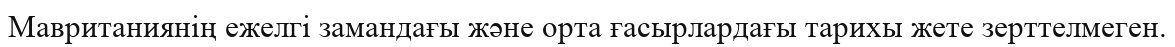
Мавританиянің ежелгі замандағы және орта ғасырлардағы тарихы жете зерттелмеген.